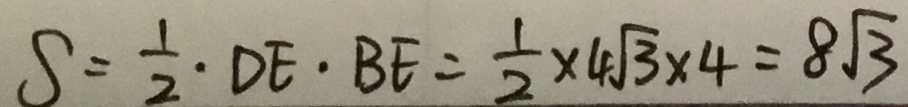
S = \frac { 1 } { 2 } \cdot D E \cdot B E = \frac { 1 } { 2 } \times 4 \sqrt { 3 } \times 4 = 8 \sqrt { 3 }